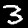
Digit: 3